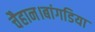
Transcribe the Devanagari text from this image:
चैहान।बांगडिया